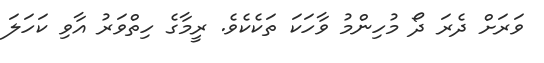
ވަރަށް ދެރަ ދޯ މުހިންމު ވާހަކަ ތަކެކެވެ. ރީމާގެ ހިތްވަރު އާވި ކަހަލަ